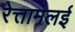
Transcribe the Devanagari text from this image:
रेत्तामलई